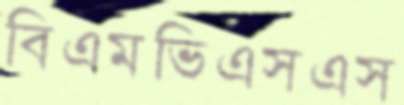
বিএমভিএসএস